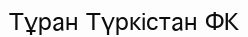
Тұран Түркістан ФК